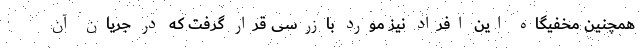
همچنین مخفیگاه این افراد نیز مورد بازرسی قرار گرفت که در جریان آن